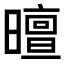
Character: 𣋊